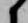
候